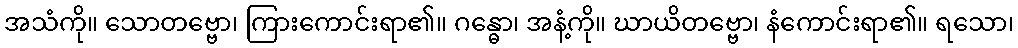
အသံကို။ သောတဗ္ဗော၊ ကြားကောင်းရာ၏။ ဂန္ဓော၊ အနံ့ကို။ ဃာယိတဗ္ဗော၊ နံကောင်းရာ၏။ ရသော၊